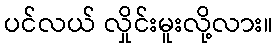
ပင်လယ် လှိုင်းမူးလို့လား။